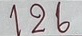
126